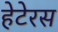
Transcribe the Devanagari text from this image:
हेटेरस